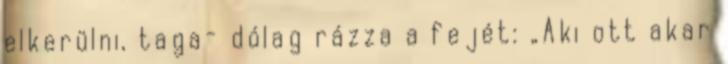
elkerülni, taga- dólag rázza a fejét: „Aki ott akar